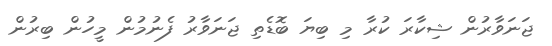
ޖަނަވާރުން ޝިކާރަ ކުރާ މި ބިޔަ ބޮޑެތި ޖަނަވާރު ފެނުމުން މީހުން ބިރުން